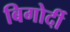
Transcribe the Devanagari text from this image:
बिगोर्दी